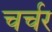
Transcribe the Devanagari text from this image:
चर्चर